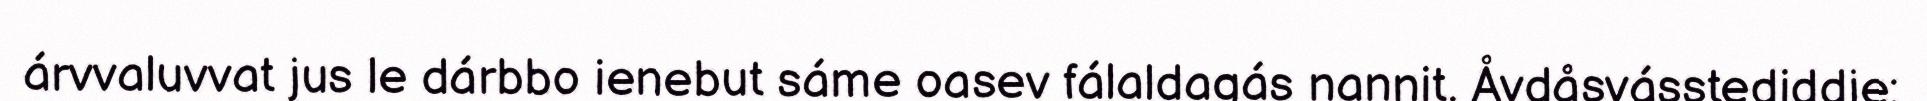
árvvaluvvat jus le dárbbo ienebut sáme oasev fálaldagás nannit. Åvdåsvásstediddje: